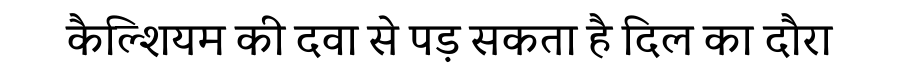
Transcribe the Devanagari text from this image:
कैल्शियम की दवा से पड़ सकता है दिल का दौरा